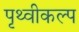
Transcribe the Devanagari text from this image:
पृथ्वीकल्प